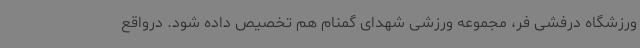
ورزشگاه درفشی فر، مجموعه ورزشی شهدای گمنام هم تخصیص داده شود. درواقع